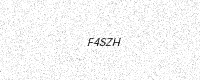
Text: F4SZH